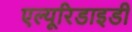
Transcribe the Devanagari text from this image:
एल्यूरिडाइडी